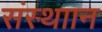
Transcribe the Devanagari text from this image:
संस्थाान